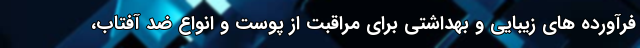
فرآورده های زیبایی و بهداشتی برای مراقبت از پوست و انواع ضد آفتاب،